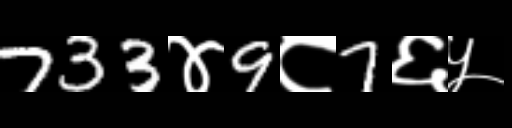
Text: 733४9८7६५